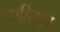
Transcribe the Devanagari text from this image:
उडीतून